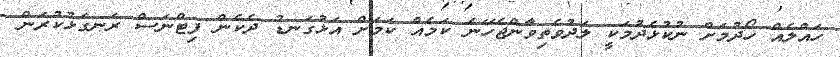
ހައްލެއް ހޯދުމަށް ނުކުޅެދުމަކީ ލަދުވެތިވާންޖެހޭނެ ކަމެއް ކަމަށް އަޅުގަނޑު ދެކެން ފިޓްނަސް ރަނގަޅުކުރަން